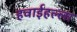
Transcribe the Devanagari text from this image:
हवाईहल्ला